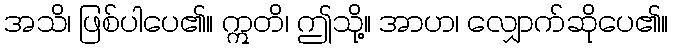
အသိ၊ ဖြစ်ပါပေ၏။ ဣတိ၊ ဤသို့။ အာဟ၊ လျှောက်ဆိုပေ၏။